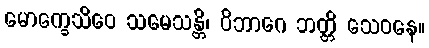
မောက္ခေသိဝေ သမေသန္တိ၊ ဝိဘာဂေ ဘတ္တိ သေဝနေ။